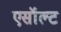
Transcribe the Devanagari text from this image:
एसॉल्ट